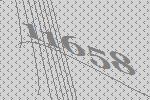
11658